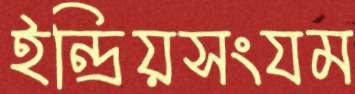
ইন্দ্রিয়সংযম